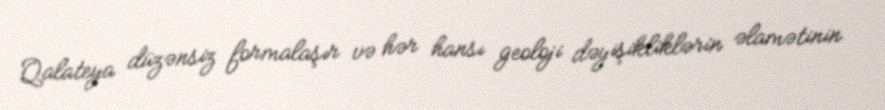
Qalateya düzənsiz formalaşır və hər hansı geoloji dəyişikliklərin əlamətinin